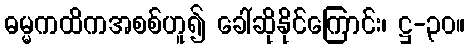
ဓမ္မကထိကအစစ်ဟူ၍ ခေါ်ဆိုနိုင်ကြောင်း၊ ဋ္ဌ-၃၀။